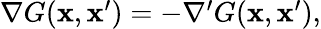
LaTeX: \begin{array}{r}{\nabla G(\mathbf{x},\mathbf{x}^{\prime})=-\nabla^{\prime}G(\mathbf{x},\mathbf{x}^{\prime}),}\end{array}